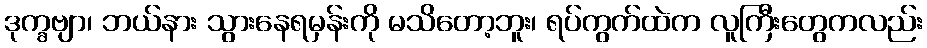
ဒုက္ခဗျာ၊ ဘယ်နား သွားနေရမှန်းကို မသိတော့ဘူး၊ ရပ်ကွက်ထဲက လူကြီးတွေကလည်း